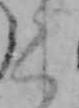
く